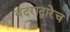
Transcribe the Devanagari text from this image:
बंदराद्वारेच